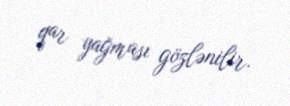
qar yağması gözlənilir.